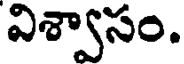
విశ్వాసం.